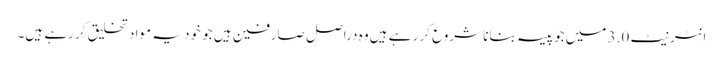
انٹرنیٹ 3.0 میں جو پیسہ بنانا شروع کر رہے ہیں وہ دراصل صارفین ہیں جو خود یہ مواد تخلیق کر رہے ہیں۔